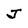
Character: J